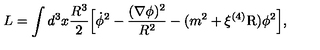
L = \int d ^ { 3 } x \frac { R ^ { 3 } } { 2 } \Bigl [ \dot { \phi } ^ { 2 } - \frac { ( \nabla \phi ) ^ { 2 } } { R ^ { 2 } } - ( m ^ { 2 } + \xi { } ^ { ( 4 ) } \mathrm { R } ) \phi ^ { 2 } \Bigr ] ,